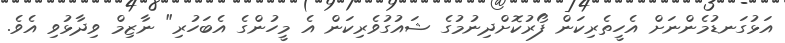
އަޅުގަނޑުމެންނަށް އެހީތެރިކަން ފޯރުކޮށްދިނުމުގެ ޝައުގުވެރިކަން އެ މީހުންގެ އެބަހުރި" ނާޒިމް ވިދާޅުވި އެވެ.